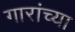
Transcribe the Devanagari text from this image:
गारांच्या